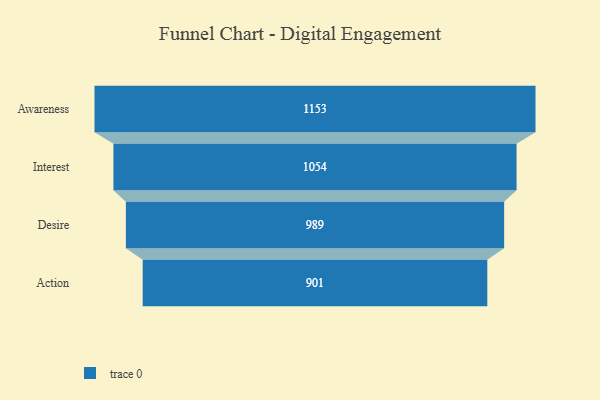
{"axis": {"x": "Stage", "y": "Value"}, "legend": [""], "data": [{"x": "Awareness", "y": 1153.0, "type": ""}, {"x": "Interest", "y": 1054.0, "type": ""}, {"x": "Desire", "y": 989.0, "type": ""}, {"x": "Action", "y": 901.0, "type": ""}]}